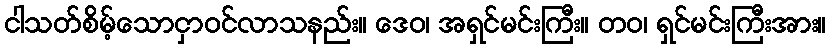
ငါသတ်စိမ့်သောငှာဝင်လာသနည်း။ ဒေဝ၊ အရှင်မင်းကြီး။ တဝ၊ ရှင်မင်းကြီးအား။